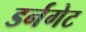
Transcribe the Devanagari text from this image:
डर्नगेट